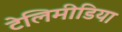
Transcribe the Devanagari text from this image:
टेलिमीडिया